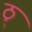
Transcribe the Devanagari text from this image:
ठ्र्